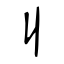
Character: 丩